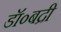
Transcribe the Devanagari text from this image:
डॉ०बद्री